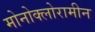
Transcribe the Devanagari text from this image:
मोनोक्लोरामीन